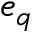
e _ { q }